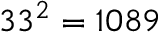
3 3 ^ { 2 } = 1 0 8 9